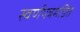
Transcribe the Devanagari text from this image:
स्वर्णपत्रमंडित